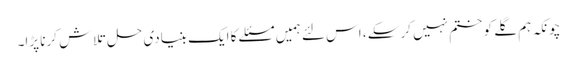
چونکہ ہم گلے کو ختم نہیں کرسکے ، اس لئے ہمیں مسئلے کا ایک بنیادی حل تلاش کرنا پڑا۔